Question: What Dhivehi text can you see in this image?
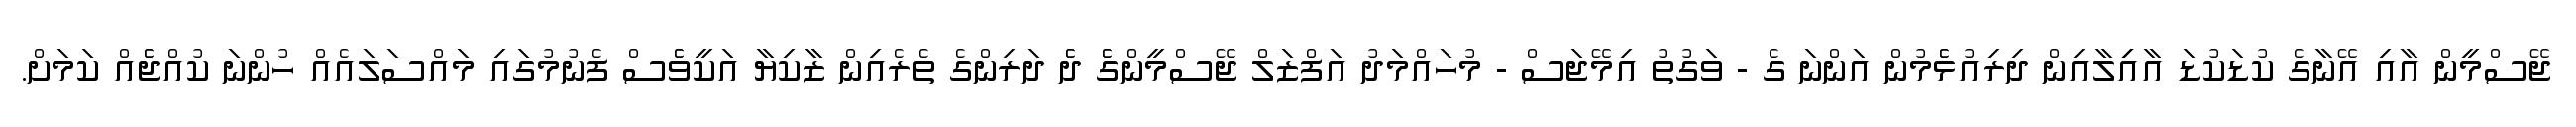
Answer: ޖޭސްމީން އާއި އޭނާގެ ކުޑަކުޑަ އާއިިލާއިން ދިރިއުޅެެމުން އަންނަ ގެ - ވަގުތު އިމޭޖަސް - މުހައްމަދު އަފްޒަލް ޖޭސްމީންގެެ ދެެ ދަރިންގެ ތެރެއިން ޒާކިޔާ އަކީވެެސް ފެނުމުގައި މައްސަލައެއް ހުންނަ ކުއްޖެެއް ކަމަށް.